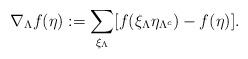
LaTeX: \begin{align*} \nabla_\Lambda f(\eta) := \sum_{\xi_\Lambda}[f(\xi_\Lambda \eta_{\Lambda^c})-f(\eta)]. \end{align*}